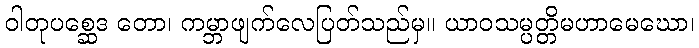
ဝါတုပစ္ဆေဒ တော၊ ကမ္ဘာဖျက်လေပြတ်သည်မှ။ ယာဝသမ္ပတ္တိမဟာမေဃော၊